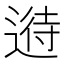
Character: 𲅪